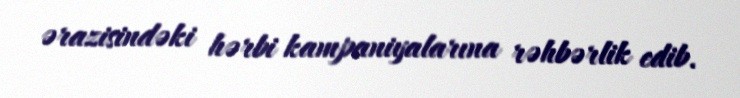
ərazisindəki hərbi kampaniyalarına rəhbərlik edib.